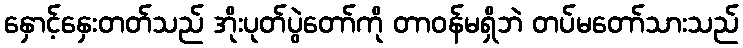
နှောင့်နှေးတတ်သည် အိုးပုတ်ပွဲတော်ကို တာဝန်မရှိဘဲ တပ်မတော်သားသည်